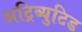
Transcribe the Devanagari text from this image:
अट्रिब्युटिड